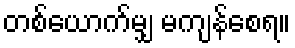
တစ်ယောက်မျှ မကျန်စေရ။